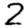
Digit: 2